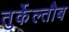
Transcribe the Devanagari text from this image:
तुर्केल्तौब